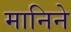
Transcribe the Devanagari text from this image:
मानिने